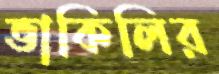
ভাকিলির